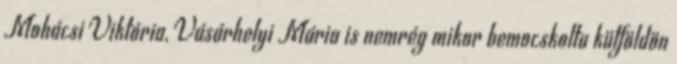
Mohácsi Viktória, Vásárhelyi Mária is nemrég mikor bemocskolta külföldön